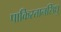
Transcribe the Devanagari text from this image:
पाकिस्तानसिंधु